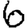
Digit: 6